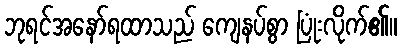
ဘုရင်အနော်ရထာသည် ကျေနပ်စွာ ပြုံးလိုက်၏။